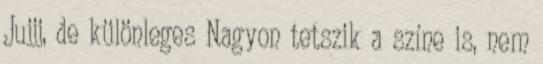
Jujjj, de különleges Nagyon tetszik a színe is, nem